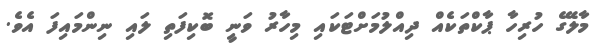
މާލޭގެ ހުރިހާ ޕާކްތަކެއް ދިއްލުމަށްޓަކައި މިހާރު ވަނީ ބޮކިފަތި ލައި ނިންމައިފަ އެވެ.